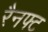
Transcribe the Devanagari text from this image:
रैनफ्‍ट